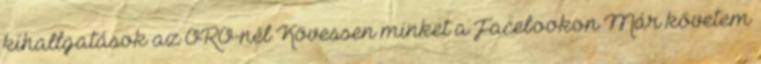
kihallgatások az ORÖ-nél Kövessen minket a Facebookon Már követem